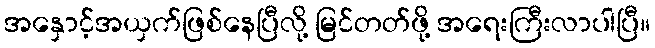
အနှောင့်အယှက်ဖြစ်နေပြီလို့ မြင်တတ်ဖို့ အရေးကြီးလာပါပြီ။